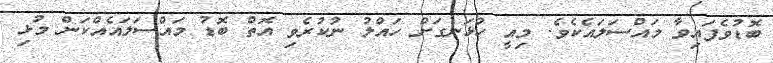
ބޮޑުވެފައިވާ މައްސަލައެކެވެ. މިއީ ހުޅަނގަށް ހައްލު ނުކުރެވި އޮތް ބޮޑު މައްސަލައެއްކަން މުޅި